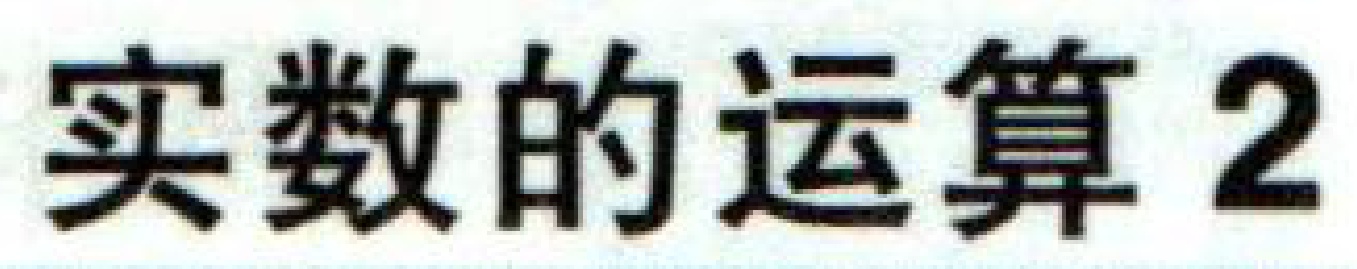
实数的运算 2